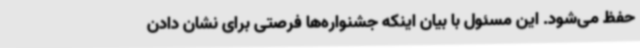
حفظ می‌شود. این مسئول با بیان اینکه جشنواره‌ها فرصتی برای نشان دادن